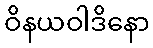
ဝိနယဝါဒိနော